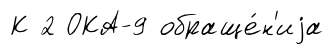
К 2 ОКА-9 обраще́н'иjа